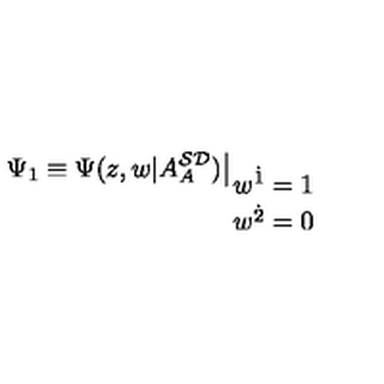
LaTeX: \Psi _ { 1 } \equiv \Psi ( z , w | A _ { A } ^ { { \cal S D } } ) \big | _ { \displaystyle { w ^ { { \dot { 1 } } } = 1 \atop w ^ { { \dot { 2 } } } = 0 } }